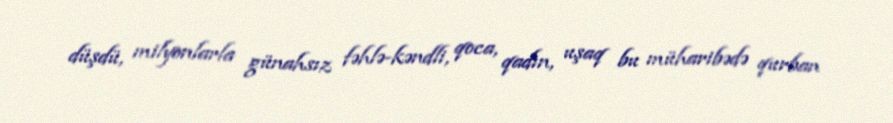
düşdü, milyonlarla günahsız fəhlə-kəndli, qoca, qadın, uşaq bu müharibədə qurban